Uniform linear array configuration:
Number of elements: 64
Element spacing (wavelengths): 0.5
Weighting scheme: blackman
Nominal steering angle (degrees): -60
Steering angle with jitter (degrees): -59.021
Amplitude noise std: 0.05
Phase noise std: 0.05

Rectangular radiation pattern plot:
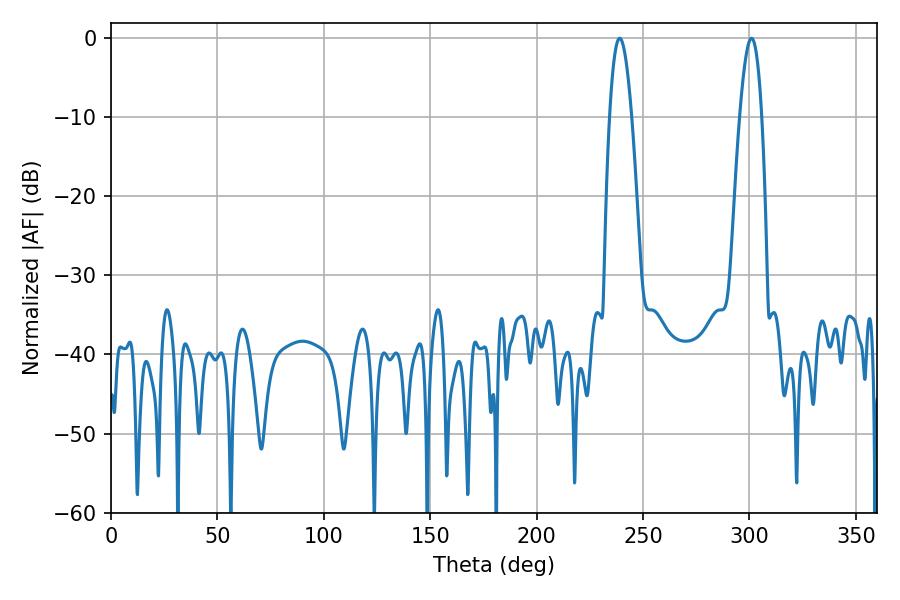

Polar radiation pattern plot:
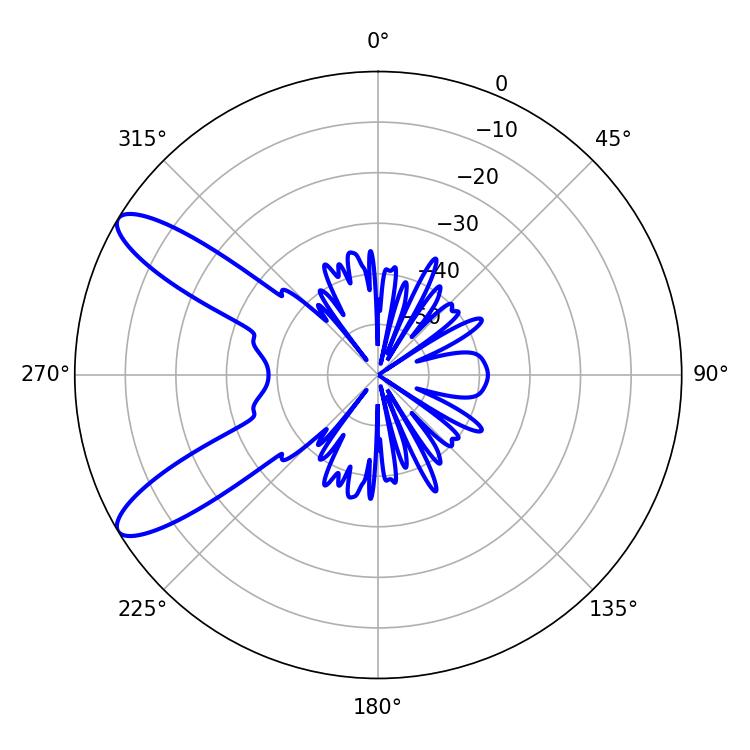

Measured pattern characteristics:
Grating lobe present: FALSE
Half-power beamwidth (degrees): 5.58
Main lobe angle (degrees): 239.04